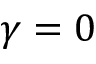
\gamma = 0